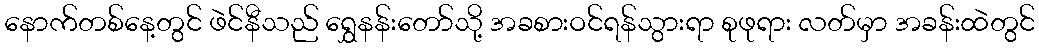
နောက်တစ်နေ့တွင် ဖဲင်နီသည် ရွှေနန်းတော်သို့ အခစားဝင်ရန်သွားရာ စုဖုရား လတ်မှာ အခန်းထဲတွင်